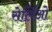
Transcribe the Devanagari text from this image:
सेर्लिओ